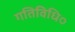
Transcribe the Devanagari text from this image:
गतिविधि०